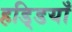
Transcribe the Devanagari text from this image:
हडि्डयाँ